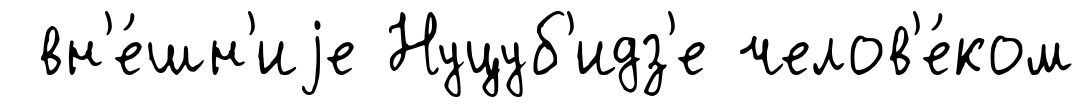
вн'е́шн'иjе Нуцуб'идз'е челов'е́ком